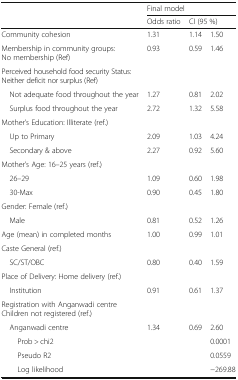
<table><thead><tr><td rowspan="2"></td><td colspan="3"><b>Final model</b></td></tr><tr><td><b>Odds ratio</b></td><td colspan="2"><b>CI (95 %)</b></td></tr></thead><tbody><tr><td>Community cohesion</td><td>1.31</td><td>1.14</td><td>1.50</td></tr><tr><td>Membership in community groups: No membership (Ref)</td><td>0.93</td><td>0.59</td><td>1.46</td></tr><tr><td colspan="4">Perceived household food security Status: Neither deficit nor surplus (Ref)</td></tr><tr><td> Not adequate food throughout the year</td><td>1.27</td><td>0.81</td><td>2.02</td></tr><tr><td> Surplus food throughout the year</td><td>2.72</td><td>1.32</td><td>5.58</td></tr><tr><td colspan="4">Mother’s Education: Illiterate (ref.)</td></tr><tr><td> Up to Primary</td><td>2.09</td><td>1.03</td><td>4.24</td></tr><tr><td> Secondary &amp; above</td><td>2.27</td><td>0.92</td><td>5.60</td></tr><tr><td colspan="4">Mother’s Age: 16–25 years (ref.)</td></tr><tr><td> 26–29</td><td>1.09</td><td>0.60</td><td>1.98</td></tr><tr><td> 30-Max</td><td>0.90</td><td>0.45</td><td>1.80</td></tr><tr><td colspan="4">Gender: Female (ref.)</td></tr><tr><td> Male</td><td>0.81</td><td>0.52</td><td>1.26</td></tr><tr><td>Age (mean) in completed months</td><td>1.00</td><td>0.99</td><td>1.01</td></tr><tr><td colspan="4">Caste General (ref.)</td></tr><tr><td> SC/ST/OBC</td><td>0.80</td><td>0.40</td><td>1.59</td></tr><tr><td colspan="4">Place of Delivery: Home delivery (ref.)</td></tr><tr><td> Institution</td><td>0.91</td><td>0.61</td><td>1.37</td></tr><tr><td colspan="4">Registration with Anganwadi centre Children not registered (ref.)</td></tr><tr><td> Anganwadi centre</td><td>1.34</td><td>0.69</td><td>2.60</td></tr><tr><td>Prob &gt; chi2</td><td></td><td></td><td>0.0001</td></tr><tr><td>Pseudo R2</td><td></td><td></td><td>0.0559</td></tr><tr><td>Log likelihood</td><td></td><td></td><td>−269.88</td></tr></tbody></table>